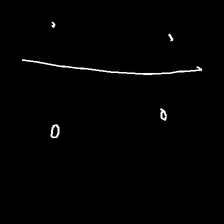
Glyph: cool